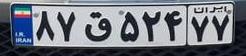
۸۷ق۵۲۴۷۷